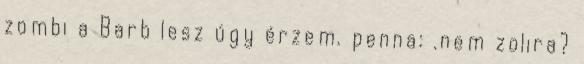
zombi a Barb lesz úgy érzem. penna: .nem zolira?